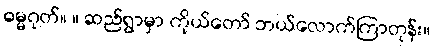
ဓမ္မဂုတ်။ ။ ဆည်ရွာမှာ ကိုယ်တော် ဘယ်လောက်ကြာတုန်း။